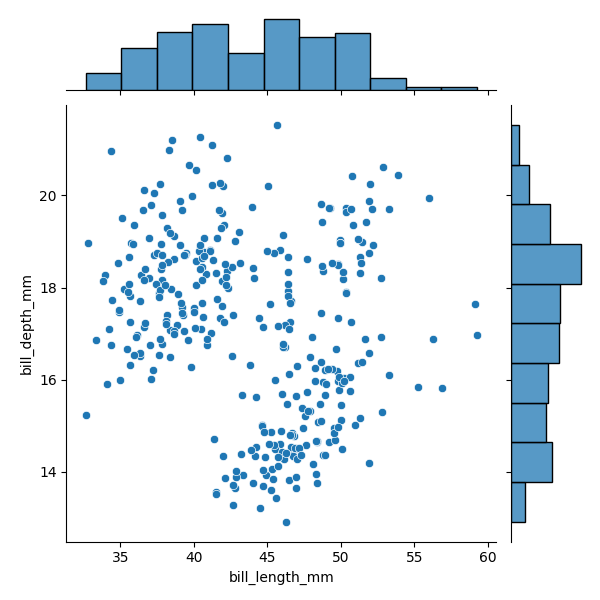
python, seaborn, JointGrid, scatterplot, histplot